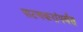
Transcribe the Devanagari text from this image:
पाटणकरांपर्यंत